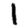
Digit: 1